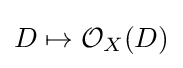
D\mapsto {\mathcal {O}}_{X}(D)